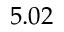
5 . 0 2